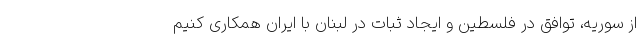
از سوریه، توافق در فلسطین و ایجاد ثبات در لبنان با ایران همکاری کنیم